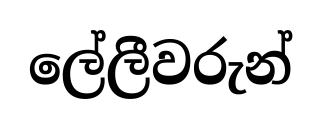
ලේලීවරුන්